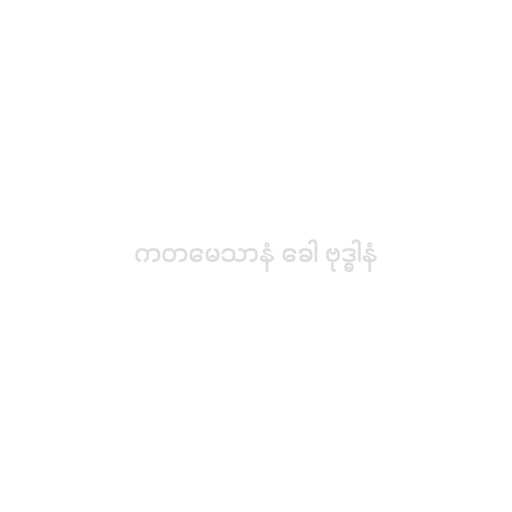
ကတမေသာနံ ခေါ ဗုဒ္ဓါနံ